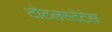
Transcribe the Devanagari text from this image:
टोटलस्टेटेस